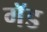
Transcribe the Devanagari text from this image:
गॅड